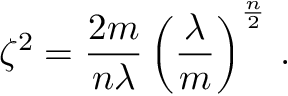
\zeta ^ { 2 } = \frac { 2 m } { n \lambda } \left( \frac { \lambda } { m } \right) ^ { \frac { n } { 2 } } \, .